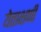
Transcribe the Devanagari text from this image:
येताक्षणी